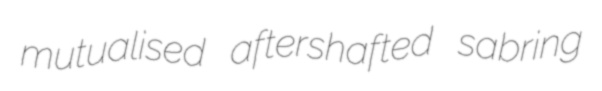
mutualised aftershafted sabring